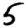
Digit: 5